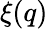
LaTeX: \xi(q)